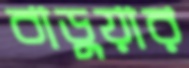
বাড়ুয়ার